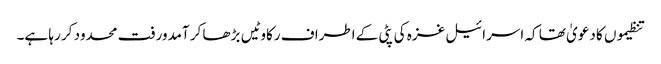
تنظیموں کا دعویٰ تھا کہ اسرائیل غزہ کی پٹی کے اطراف رکاوٹیں بڑھا کر آمدورفت محدود کر رہا ہے۔